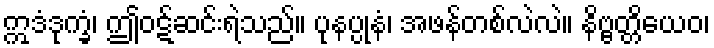
ဣဒံဒုက္ခံ၊ ဤဝဋ်ဆင်းရဲသည်။ ပုနပ္ပုနံ၊ အဖန်တစ်လဲလဲ။ နိဗ္ဗတ္တိယေဝ၊